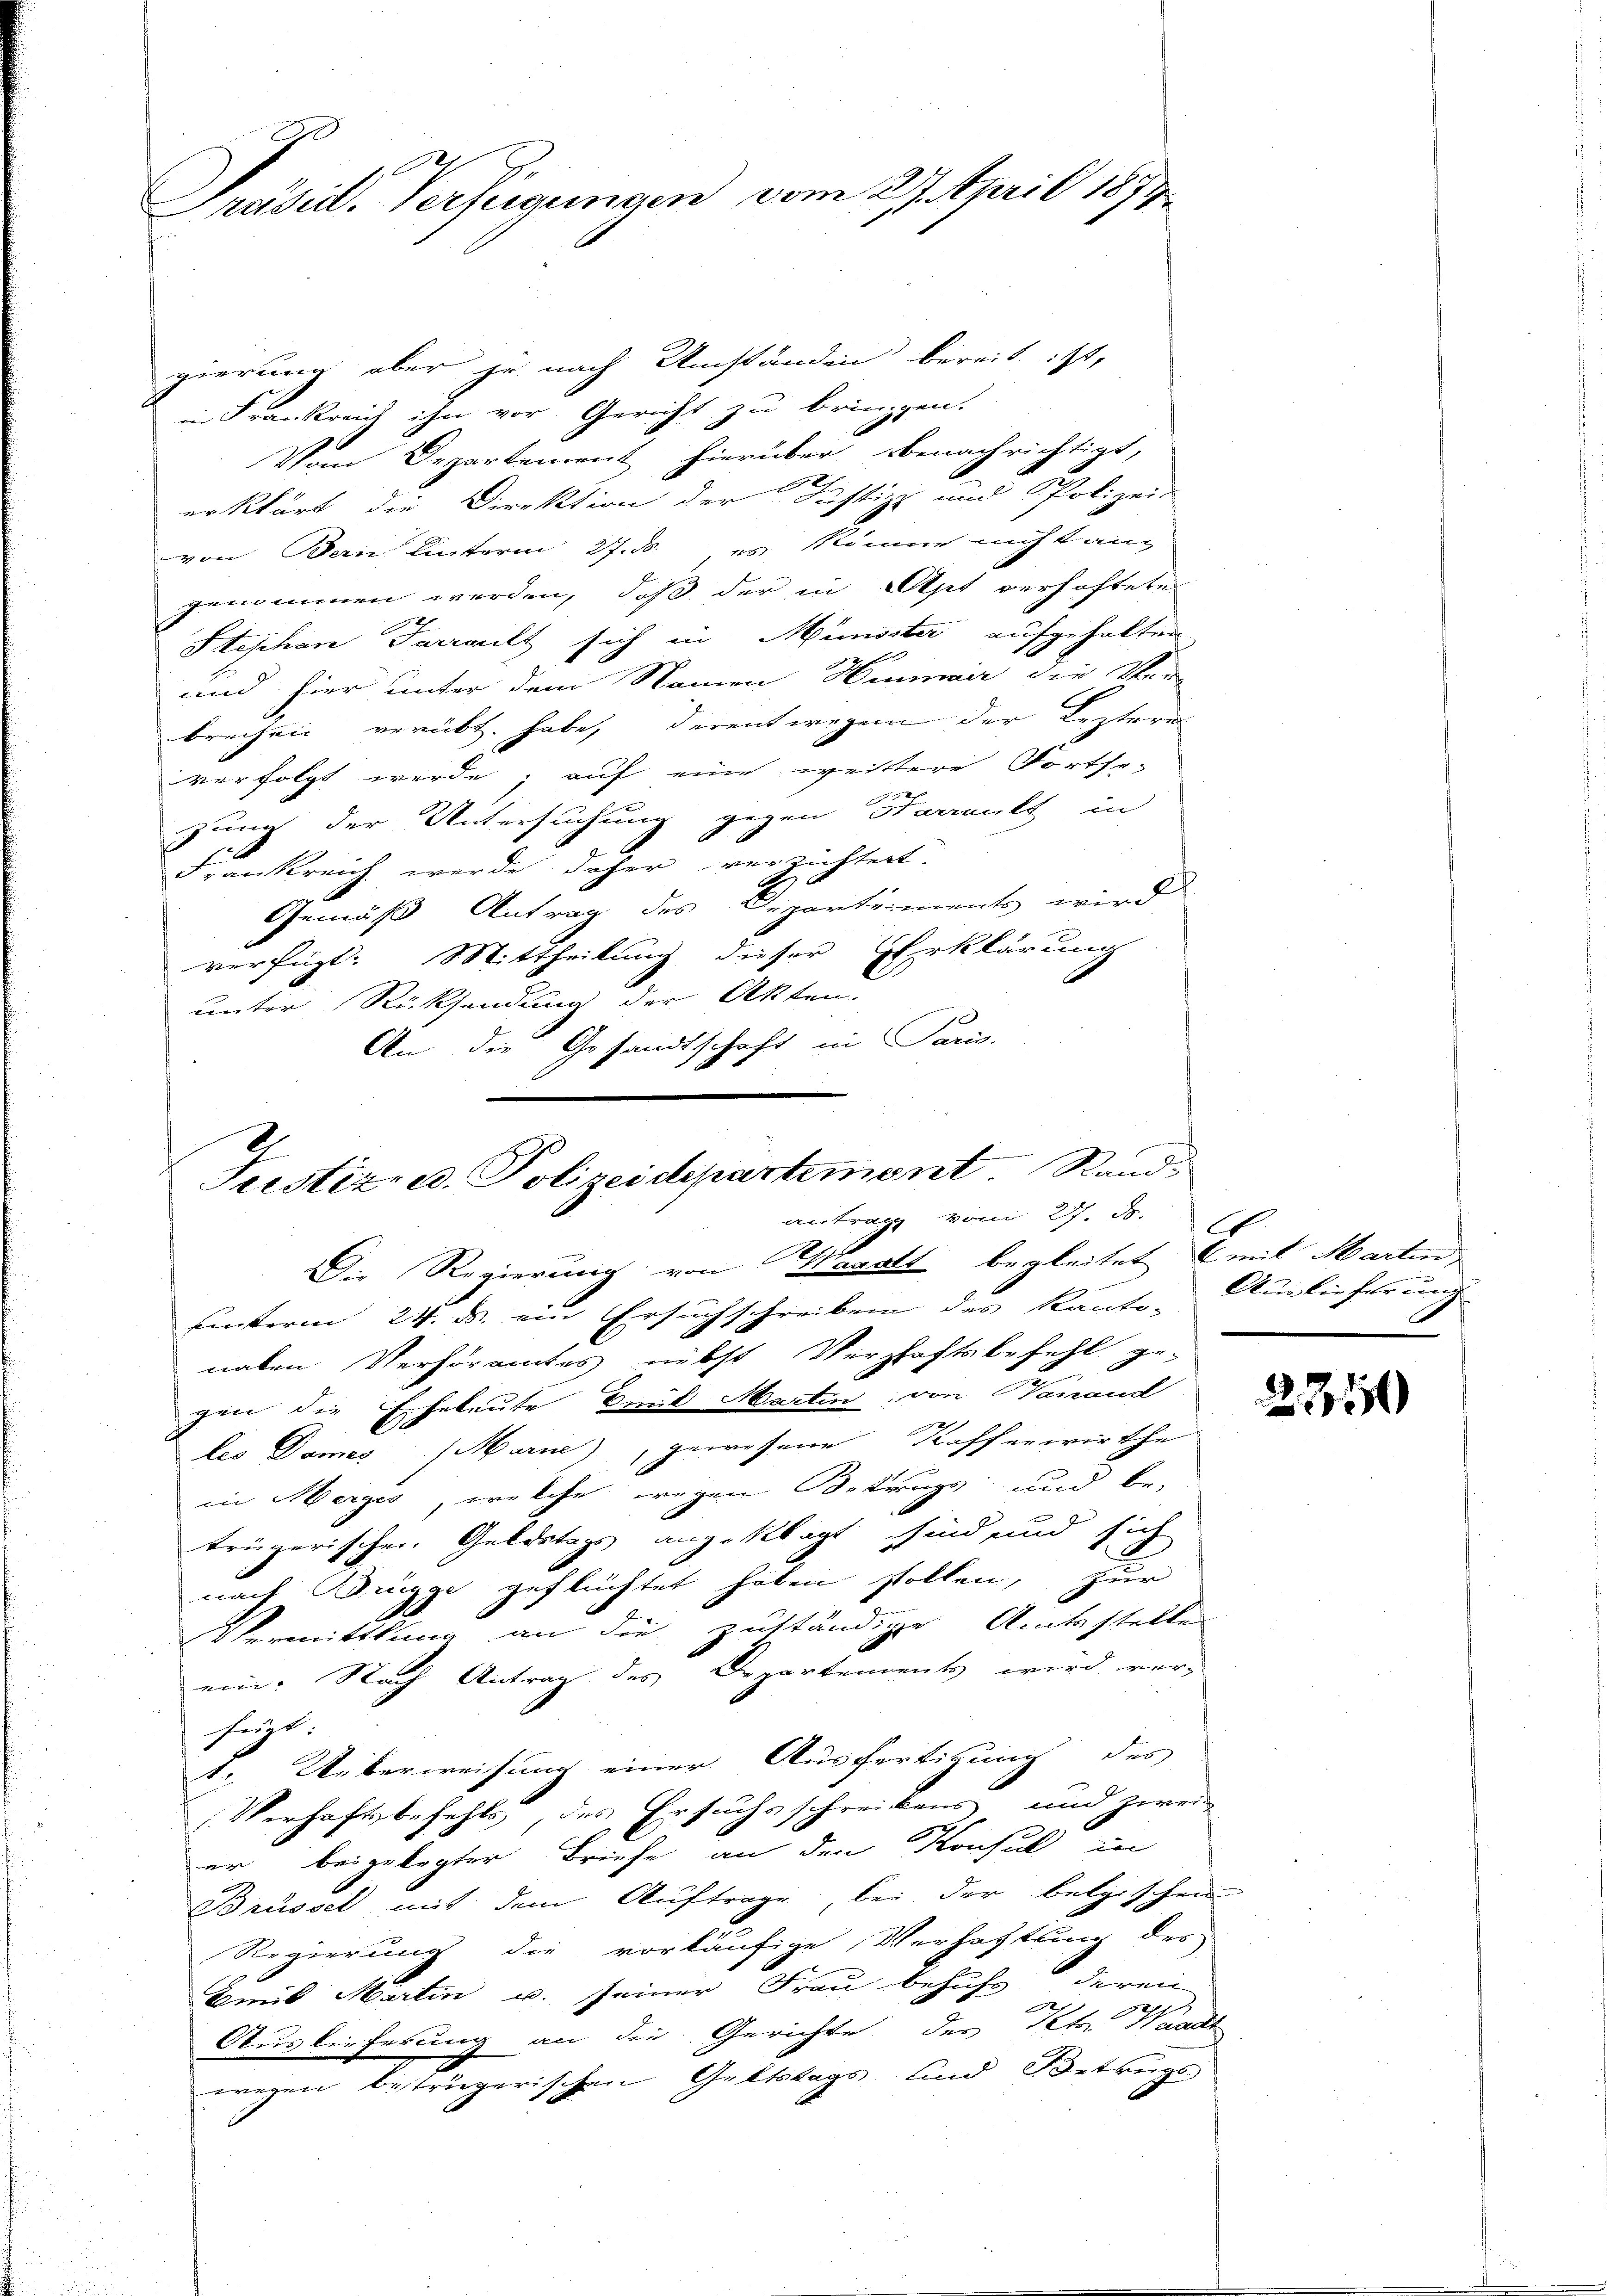
Präsid. Verfügungen vom 27. April 1879

gierung aber ja nach Umständen bereit ist,
in Frankreis ihn vor Gericht zu bringen.
Vom Departement hierüber benachrichtigt,
erklärt, die Direktion der Justiz- und Polizeis
von Bern hinterm 27. ds. es könne nicht ang
genommen werden, daß der in Apt verhaftete
2
A
Stephan Parralt sich in Münster aufgehalten
und hier unter dem Namen Hermair die Ver-
brechen verübt. habe, derentwegen der Leztere
verfolgt werde, auf eine weittere Fortsezung der Untersuchung gegen Harrants in
Frankreich werde daher verzichtert.
Gemäß Antrag des Departements wird
verfügt: Mittheilung dieser Erklärung
unter Rücksendung der Akten.
An die Gesandtschaft in Paris.

Justiz- u. Polizeidepartement Rand
antrag vom 27. d. 10
Die Regierung von Maratt begleitet (mit Marten,

uinterm 24. ds. ein Ersuchschreiben des Kanton Auslieferung
naben Verhöramtes nebst Verzhaftsbefehl ge-
gen die Eheleute Emil Martin, von Hanaud
les Dames (Marne), gewesene Kaffenwirthe
in Merges, welche wegen Betrugs und be-
trügerischen Geldstags angeklagt sind und sich
nach Wegge geflüchtet haben stollen, zur
Vermittlung an die zuständiger Amtsstellen
ein: Nach Antrag des Departements wird ver-
früge.
1. Ueberweisung einer Ausfertigung des
Verhaftsbefehls, des Ersuchsschreibens und zwei
er beigelegter Briefe an den Konsul in
Brüssel mit dem Auftrage bei der belgischen
Regierung die vorläufige Verhaftung des
Hmit Martin u. seiner Frau behuhe, deren

Auslieferung an die Gerichte der Petr. Waadt
wegen betrügerischen Geltstags und Betrugs

231